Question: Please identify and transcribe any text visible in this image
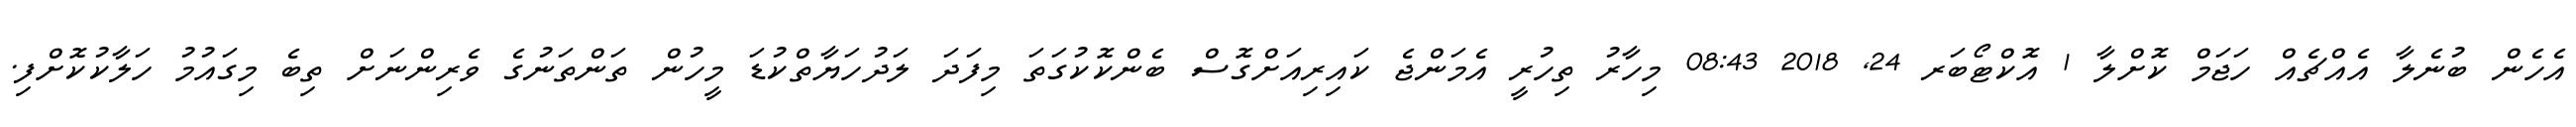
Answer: އެހެން ބުނެލާ އެއްޗެއް ހަޖަމް ކޮށްލާ 1 އޮކްޓޯބަރ 24, 2018 08:43 މިހާރު ތިހުރީ އެމަންޖެ ކައިރިއަށްގޮސް ބެންކޮކުގަތަ މިފަދަ ލަދުހަޔާތްކުޑަ މީހުން ތަންތަނުގެ ވެރިންނަށް ތިބެ މިގައުމު ހަލާކުކޮށްފި.